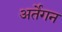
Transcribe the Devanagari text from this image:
अर्तेगन